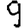
Digit: 9